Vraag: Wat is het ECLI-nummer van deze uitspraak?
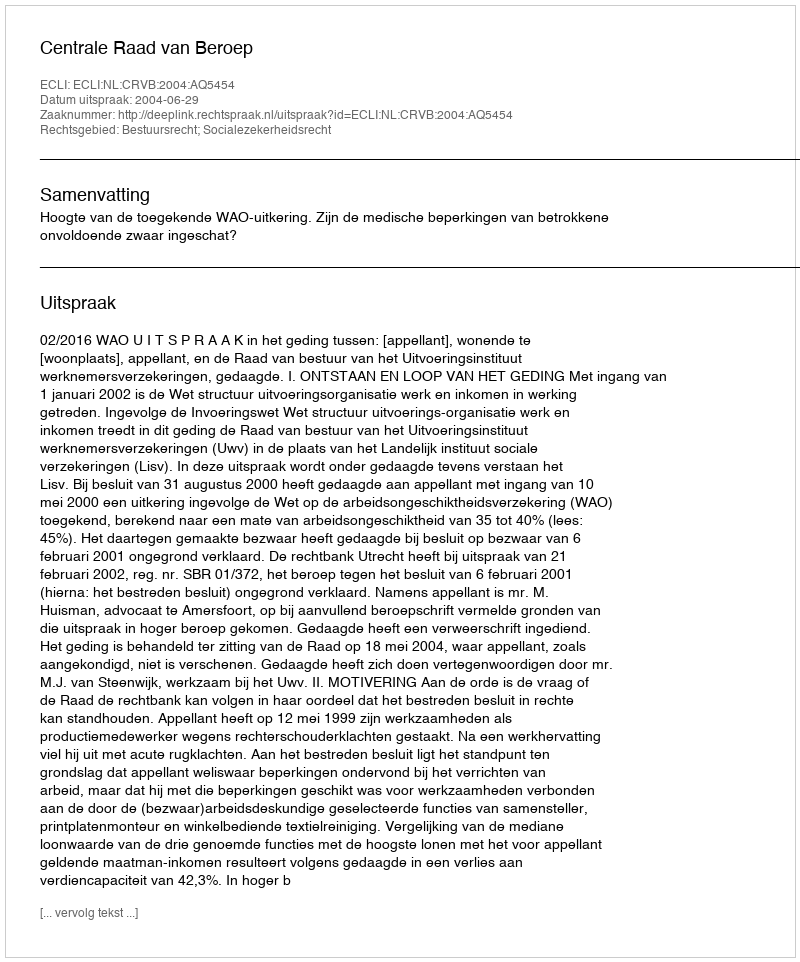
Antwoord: ECLI:NL:CRVB:2004:AQ5454